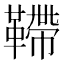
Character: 𩌴